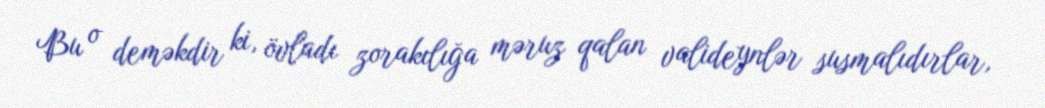
Bu o deməkdir ki, övladı zorakılığa məruz qalan valideynlər susmalıdırlar,